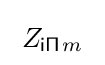
\;Z_{{\mathsf {i\Pi }}\!\;m}\;